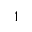
1